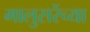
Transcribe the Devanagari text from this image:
मालुसरेंच्या